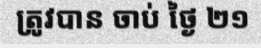
ត្រូវបាន ចាប់ ថ្ងៃ ២១